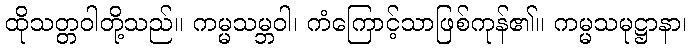
ထိုသတ္တဝါတို့သည်။ ကမ္မသမ္ဘဝါ၊ ကံကြောင့်သာဖြစ်ကုန်၏။ ကမ္မသမုဋ္ဌာနာ၊